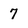
Character: 7